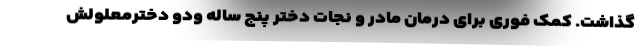
گذاشت. کمک فوری برای درمان مادر و نجات دختر پنج ساله ودو دخترمعلولش